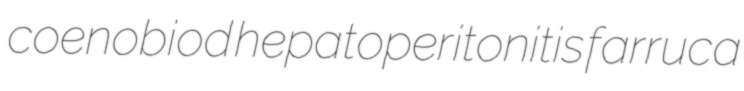
coenobiod hepatoperitonitis farruca